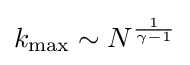
k_{\text{max}}\sim N^{\frac {1}{\gamma -1}}